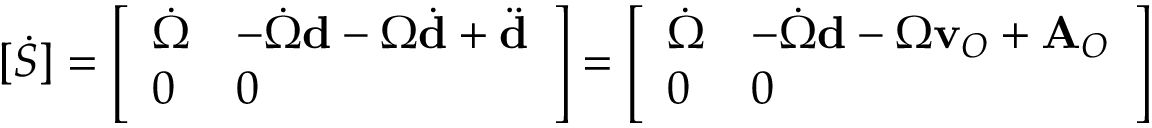
[ { \dot { S } } ] = { \left[ \begin{array} { l l } { { \dot { \Omega } } } & { - { \dot { \Omega } } \mathbf { d } - \Omega { \dot { \mathbf { d } } } + { \ddot { \mathbf { d } } } } \\ { 0 } & { 0 } \end{array} \right] } = { \left[ \begin{array} { l l } { { \dot { \Omega } } } & { - { \dot { \Omega } } \mathbf { d } - \Omega \mathbf { v } _ { O } + \mathbf { A } _ { O } } \\ { 0 } & { 0 } \end{array} \right] }